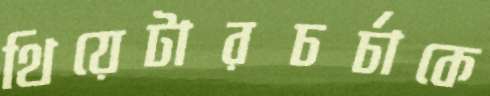
থিয়েটারচর্চাকে